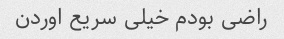
راضی بودم خیلی سریع اوردن